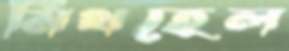
মিথহেল